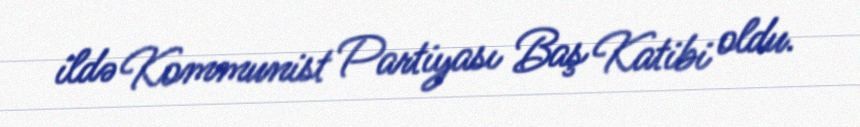
ildə Kommunist Partiyası Baş Katibi oldu.